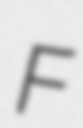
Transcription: F